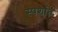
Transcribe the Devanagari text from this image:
स्पर्शात